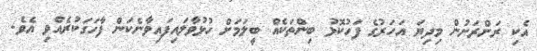
އެކި ރަށްރަށުން މިދިޔަ އަހަރުގެ ފަހުކޮޅު ބިންތަކެއް ބީލަމަށް ހުޅުވާލައިފައިވާނެކަން ފާހަގަކުރެއްވި އެވެ.